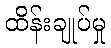
ထိန်းချုပ်မှု